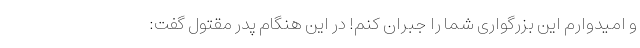
و امیدوارم این بزرگواری شما را جبران کنم! در این هنگام پدر مقتول گفت: